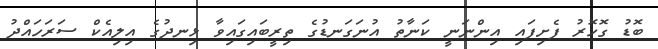
ބޮޑު ގޮހޮރު ފެށިފައި އިންނަނީ ކަނާތު އުނަގަނޑުގެ ތިރީބައިގައިވާ ޅިނދުގެ އިލިއެކް ސަރަހައްދު